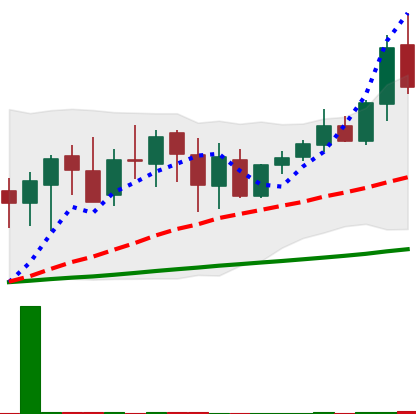
Ticker: XMR-USD
Chart end date: 2020-10-01
Forward return: 3.904%
Label: up_3_5